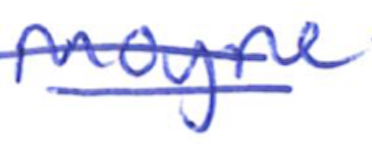
Text: Moyne
Cross-out: double-line
Writing tool: ballpoint